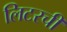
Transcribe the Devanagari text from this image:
लिटरची